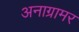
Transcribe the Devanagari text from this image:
अनाग्रामर